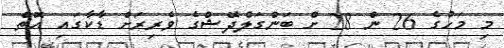
މި މަހުގެ 26 ން 28 ށް ބަންގަލްދޭޝްގެ ވެރިރަށް ޑާކާގައި އޮތް